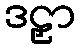
ဒဠှာ